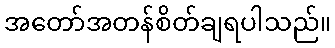
အတော်အတန်စိတ်ချရပါသည်။